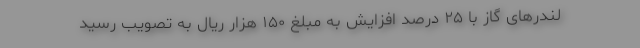
لندرهای گاز با ۲۵ درصد افزایش به مبلغ ۱۵۰ هزار ریال به تصویب رسید